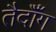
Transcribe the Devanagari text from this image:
तैदॉँग